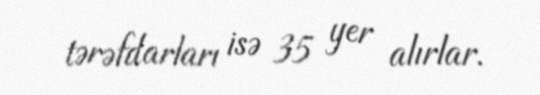
tərəfdarları isə 35 yer alırlar.